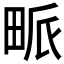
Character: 𤱰